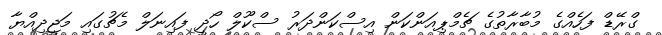
ގްރޭޑް ފަހެއްގެ މުބާރާތުގެ ޗެމްޕިއަންކަން އިސްކަންދަރު ސްކޫލް ހޯދީ ފައިނަލް މެޗުގައި މަޖީދިއްޔާ